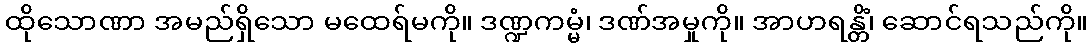
ထိုသောဏာ အမည်ရှိသော မထေရ်မကို။ ဒဏ္ဍကမ္မံ၊ ဒဏ်အမှုကို။ အာဟရန္တိံ၊ ဆောင်ရသည်ကို။